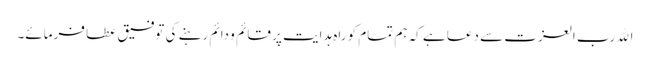
اﷲ رب العزت سے دعا ہے کہ ہم تمام کو راہِ ہدایت پر قائم و دائم رہنے کی توفیق عطا فرمائے۔